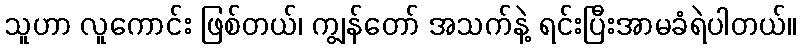
သူဟာ လူကောင်း ဖြစ်တယ်၊ ကျွန်တော် အသက်နဲ့ ရင်းပြီးအာမခံရဲပါတယ်။